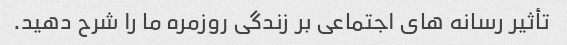
تأثیر رسانه های اجتماعی بر زندگی روزمره ما را شرح دهید.